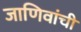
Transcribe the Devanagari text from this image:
जाणिवांची